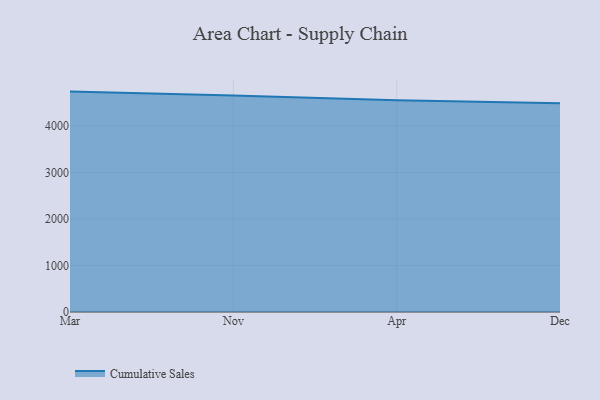
{"axis": {"x": "Month", "y": "Operating Costs (USD K)"}, "legend": ["Cumulative Sales"], "data": [{"x": "Mar", "y": 4738.1, "type": "Cumulative Sales"}, {"x": "Nov", "y": 4655.5, "type": "Cumulative Sales"}, {"x": "Apr", "y": 4552.1, "type": "Cumulative Sales"}, {"x": "Dec", "y": 4490.2, "type": "Cumulative Sales"}]}